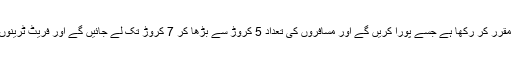
ابتدائی 100 روز میں 10 ٹرینیں چلانے کا ہدف مقرر کر رکھا ہے جسے پورا کریں گے اور مسافروں کی تعداد 5 کروڑ سے بڑھا کر 7 کروڑ تک لے جائیں گے اور فریٹ ٹرینوں کی تعداد کو بھی 8 سے بڑھا کر 12 کریں گے۔